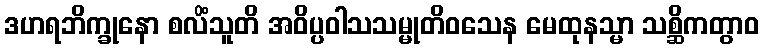
ဒဟရဘိက္ခုနော စလိံသူတိ အဝိပ္ပဝါသသမ္မုတိဝသေန မေထုနသ္မာ သစ္ဆိကတွာဝ